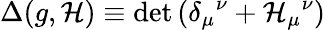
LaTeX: \Delta(g,\mathcal{H})\equiv\operatorname*{d\mathrm{e}t}{\left(\delta_{\mu}{}^{\nu}+\mathcal{H}_{\mu}{}^{\nu}\right)}